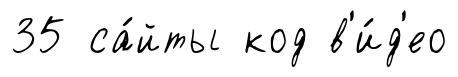
35 са́йты код в'и́д'ео